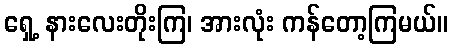
ရှေ့ နားလေးတိုးကြ၊ အားလုံး ကန်တော့ကြမယ်။